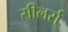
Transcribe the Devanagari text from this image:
सीलर्स